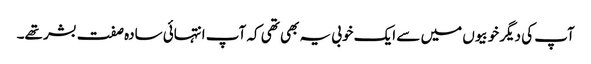
آپ کی دیگر خوبیوں میں سے ایک خوبی یہ بھی تھی کہ آپ انتہائی سادہ صفت بشر تھے۔